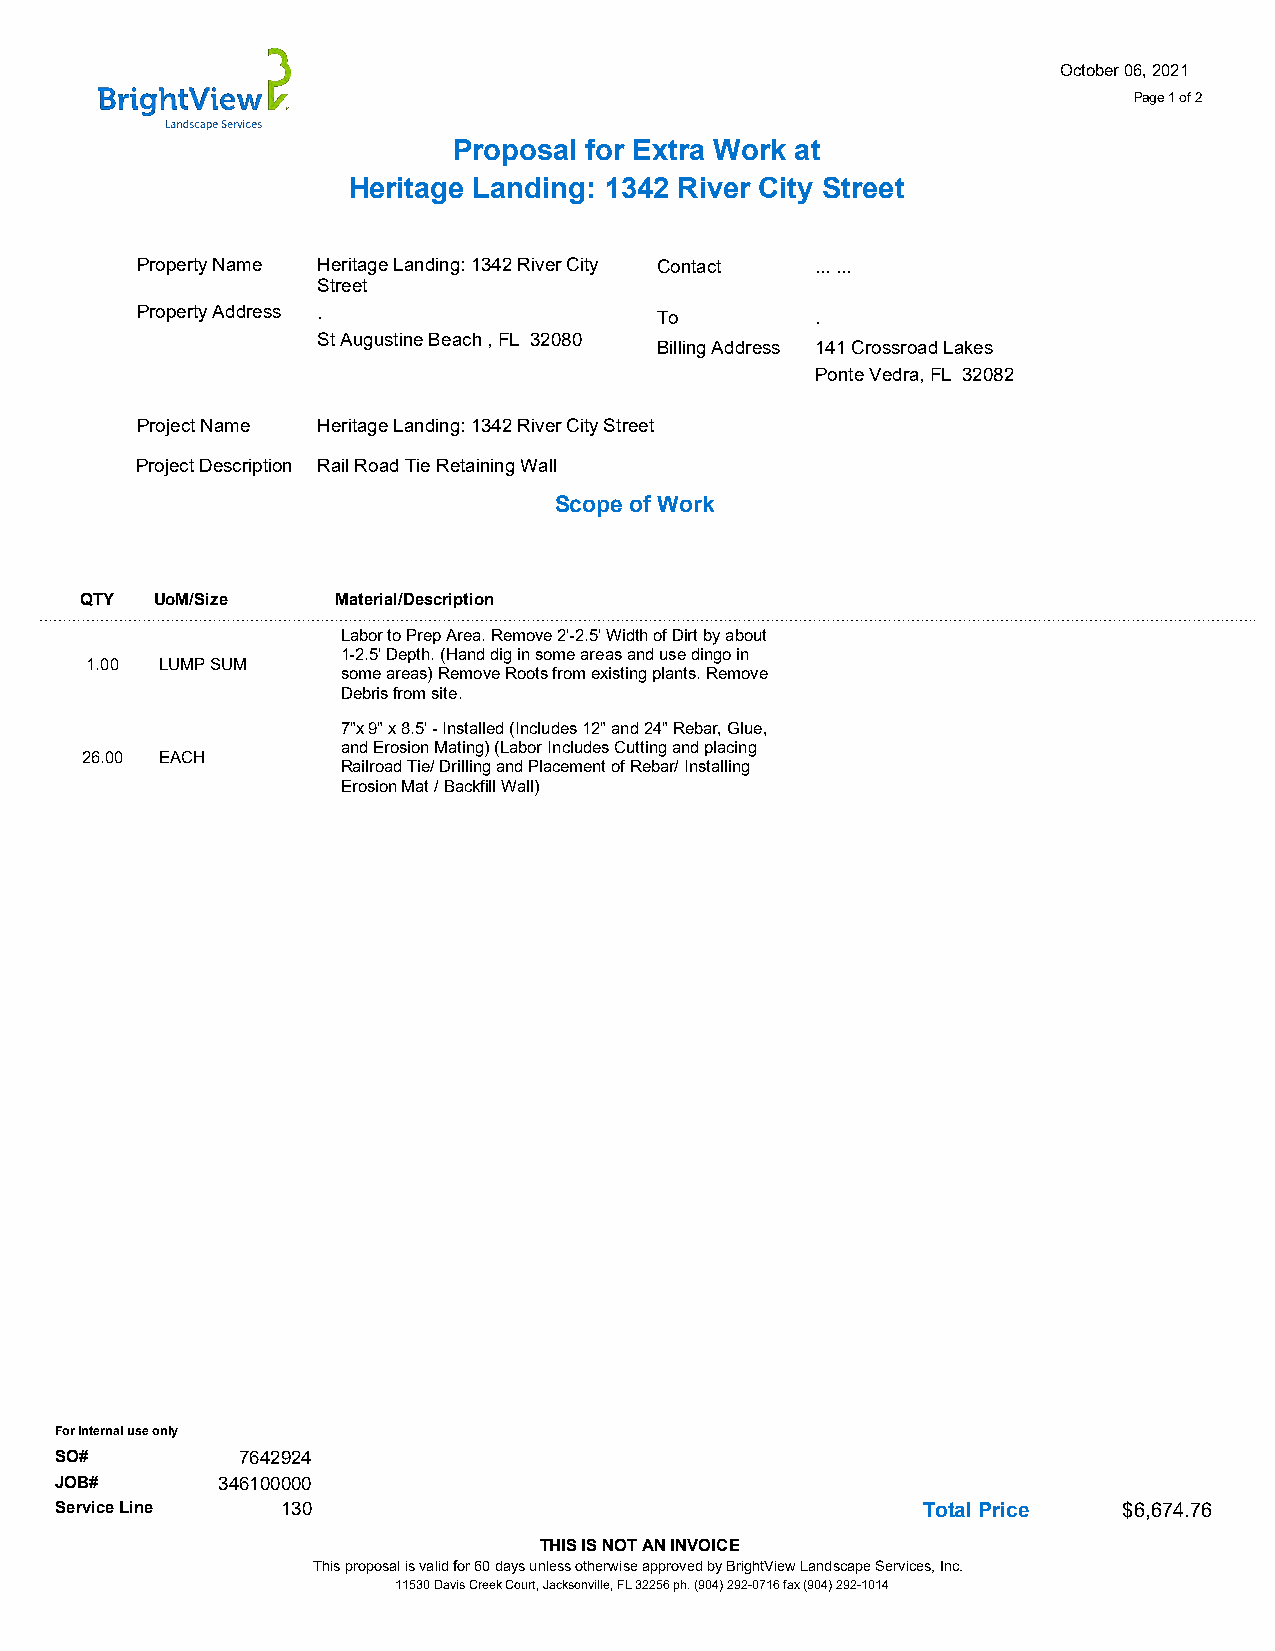
~                                                   October 06, 2021
 BrightView
 Page 1 of 2
 landscape Services
 Proposal for Extra Work at
 Heritage Landing: 1342 River City Street
 Property Name Heritage Landing: 1342 River City Contact ... ...
 Street
 Property Address .                To         .
 St Augustine Beach , FL 32080
 Billing Address 141 Crossroad Lakes
 Ponte Vedra, FL 32082
 Project Name Heritage Landing: 1342 River City Street
 Project Description Rail Road Tie Retaining Wall
 Scope of Work
 QTY  UoM/Size    Material/Description
 Labor to Prep Area. Remove 2'-2.5' Width of Dirt by about
 1-2.5' Depth. (Hand dig in some areas and use dingo in
 1.00 LUMP SUM
 some areas) Remove Roots from existing plants. Remove
 Debris from site.
 7"x 9" x 8.5' - Installed (Includes 12" and 24" Rebar, Glue,
 and Erosion Mating) (Labor Includes Cutting and placing
 26.00 EACH
 Railroad Tie/ Drilling and Placement of Rebar/ Installing
 Erosion Mat / Backfill Wall)
 For internal use only
 SO#         7642924
 JOB#      346100000
 Service Line   130                                       Total Price  $6,674.76
 THIS IS NOT AN INVOICE
 This proposal is valid for 60 days unless otherwise approved by BrightView Landscape Services, Inc.
 11530 Davis Creek Court, Jacksonville, FL 32256 ph. (904) 292-0716 fax (904) 292-1014